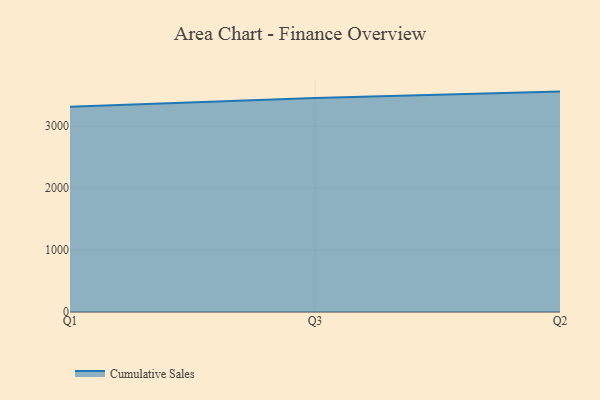
{"axis": {"x": "Quarter", "y": "Backlog"}, "legend": ["Cumulative Sales"], "data": [{"x": "Q1", "y": 3313.3, "type": "Cumulative Sales"}, {"x": "Q3", "y": 3457.2, "type": "Cumulative Sales"}, {"x": "Q2", "y": 3559.1, "type": "Cumulative Sales"}]}